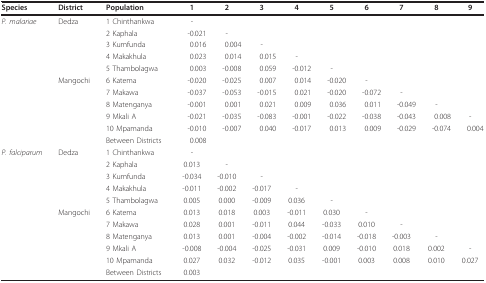
<table><thead><tr><td><b>Species</b></td><td><b>District</b></td><td><b>Population</b></td><td><b>1</b></td><td><b>2</b></td><td><b>3</b></td><td><b>4</b></td><td><b>5</b></td><td><b>6</b></td><td><b>7</b></td><td><b>8</b></td><td><b>9</b></td></tr></thead><tbody><tr><td><i>P. malariae</i></td><td>Dedza</td><td>1 Chinthankwa</td><td>-</td><td></td><td></td><td></td><td></td><td></td><td></td><td></td><td></td></tr><tr><td></td><td></td><td>2 Kaphala</td><td>-0.021</td><td>-</td><td></td><td></td><td></td><td></td><td></td><td></td><td></td></tr><tr><td></td><td></td><td>3 Kumfunda</td><td>0.016</td><td>0.004</td><td>-</td><td></td><td></td><td></td><td></td><td></td><td></td></tr><tr><td></td><td></td><td>4 Makakhula</td><td>0.023</td><td>0.014</td><td>0.015</td><td>-</td><td></td><td></td><td></td><td></td><td></td></tr><tr><td></td><td></td><td>5 Thambolagwa</td><td>0.003</td><td>-0.008</td><td>0.059</td><td>-0.012</td><td>-</td><td></td><td></td><td></td><td></td></tr><tr><td></td><td>Mangochi</td><td>6 Katema</td><td>-0.020</td><td>-0.025</td><td>0.007</td><td>0.014</td><td>-0.020</td><td>-</td><td></td><td></td><td></td></tr><tr><td></td><td></td><td>7 Makawa</td><td>-0.037</td><td>-0.053</td><td>-0.015</td><td>0.021</td><td>-0.020</td><td>-0.072</td><td>-</td><td></td><td></td></tr><tr><td></td><td></td><td>8 Matenganya</td><td>-0.001</td><td>0.001</td><td>0.021</td><td>0.009</td><td>0.036</td><td>0.011</td><td>-0.049</td><td>-</td><td></td></tr><tr><td></td><td></td><td>9 Mkali A</td><td>-0.021</td><td>-0.035</td><td>-0.083</td><td>-0.001</td><td>-0.022</td><td>-0.038</td><td>-0.043</td><td>0.008</td><td>-</td></tr><tr><td></td><td></td><td>10 Mpamanda</td><td>-0.010</td><td>-0.007</td><td>0.040</td><td>-0.017</td><td>0.013</td><td>0.009</td><td>-0.029</td><td>-0.074</td><td>0.004</td></tr><tr><td></td><td></td><td>Between Districts</td><td>0.008</td><td></td><td></td><td></td><td></td><td></td><td></td><td></td><td></td></tr><tr><td><i>P. falciparum</i></td><td>Dedza</td><td>1 Chinthankwa</td><td>-</td><td></td><td></td><td></td><td></td><td></td><td></td><td></td><td></td></tr><tr><td></td><td></td><td>2 Kaphala</td><td>0.013</td><td>-</td><td></td><td></td><td></td><td></td><td></td><td></td><td></td></tr><tr><td></td><td></td><td>3 Kumfunda</td><td>-0.034</td><td>-0.010</td><td>-</td><td></td><td></td><td></td><td></td><td></td><td></td></tr><tr><td></td><td></td><td>4 Makakhula</td><td>-0.011</td><td>-0.002</td><td>-0.017</td><td>-</td><td></td><td></td><td></td><td></td><td></td></tr><tr><td></td><td></td><td>5 Thambolagwa</td><td>0.005</td><td>0.000</td><td>-0.009</td><td>0.036</td><td>-</td><td></td><td></td><td></td><td></td></tr><tr><td></td><td>Mangochi</td><td>6 Katema</td><td>0.013</td><td>0.018</td><td>0.003</td><td>-0.011</td><td>0.030</td><td>-</td><td></td><td></td><td></td></tr><tr><td></td><td></td><td>7 Makawa</td><td>0.028</td><td>0.001</td><td>-0.011</td><td>0.044</td><td>-0.033</td><td>0.010</td><td>-</td><td></td><td></td></tr><tr><td></td><td></td><td>8 Matenganya</td><td>0.013</td><td>0.001</td><td>-0.004</td><td>-0.002</td><td>-0.014</td><td>-0.018</td><td>-0.003</td><td>-</td><td></td></tr><tr><td></td><td></td><td>9 Mkali A</td><td>-0.008</td><td>-0.004</td><td>-0.025</td><td>-0.031</td><td>0.009</td><td>-0.010</td><td>0.018</td><td>0.002</td><td>-</td></tr><tr><td></td><td></td><td>10 Mpamanda</td><td>0.027</td><td>0.032</td><td>-0.012</td><td>0.035</td><td>-0.001</td><td>0.003</td><td>0.008</td><td>0.010</td><td>0.027</td></tr><tr><td></td><td></td><td>Between Districts</td><td>0.003</td><td></td><td></td><td></td><td></td><td></td><td></td><td></td><td></td></tr></tbody></table>